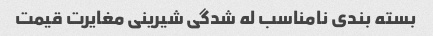
بسته بندی نامناسب له شدگی شیرینی مغایرت قیمت